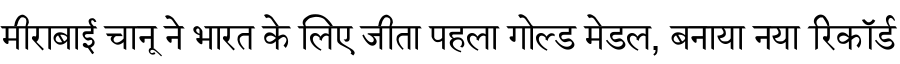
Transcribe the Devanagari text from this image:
मीराबाई चानू ने भारत के लिए जीता पहला गोल्ड मेडल, बनाया नया रिकॉर्ड